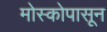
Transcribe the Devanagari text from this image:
मोस्कोपासून